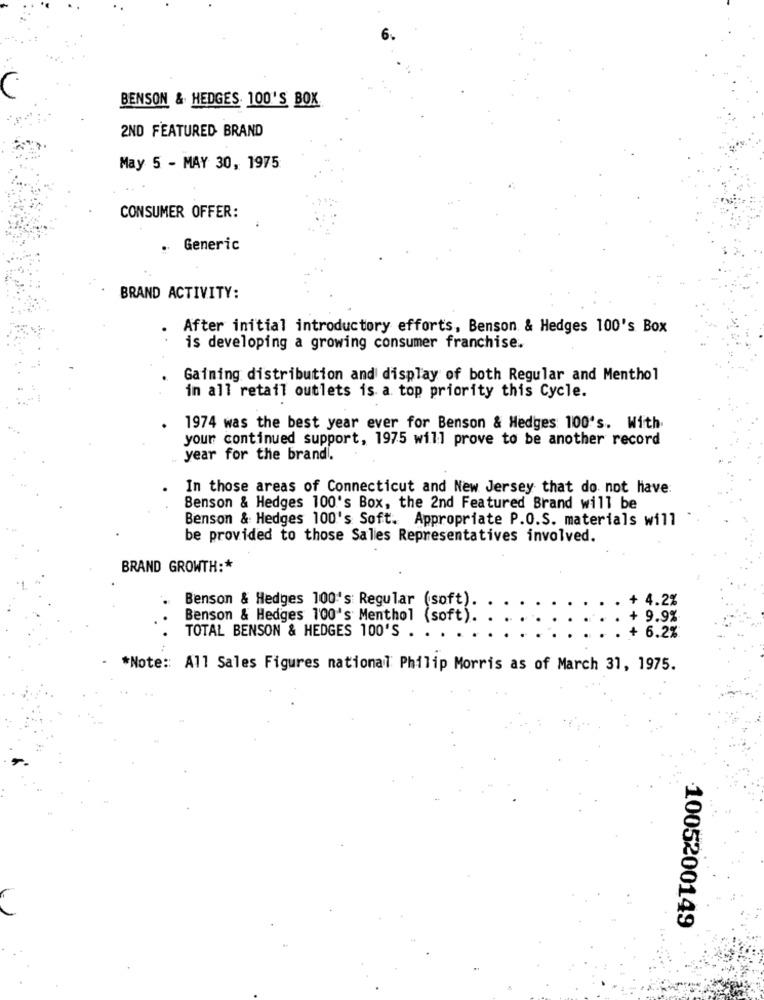
BENSON & HEDGES 100'S BOX
2ND FEATURED BRAND
May 5 - MAY 30, 1975
CONSUMER OFFER:
Generic
BRAND ACTIVITY:
After initial introductory efforts, Benson & Hedges 100's Box
is developing a growing consumer franchise.
Gaining distribution and display of both Regular and Menthol
in all retail outlets is a top priority this Cycle.
1974 was the best year ever for Benson & Hedges 100's. With.
your continued support, 1975 will prove to be another record
year for the brand.
In those areas of Connecticut and New Jersey that do not have:
Benson & Hedges 100's Box, the 2nd Featured Brand will be
Benson & Hedges 100's Soft. Appropriate P.O.S. materials will
be provided to those Sales Representatives involved.
BRAND GROWTH :*
Benson & Hedges 100's: Regular (soft).
4.2%
Benson & Hedges 100's Menthol (soft).
9.9%
6.2%
TOTAL BENSON & HEDGES 100'S . . .
*Note :: All Sales Figures national Philip Morris as of March 31, 1975.
1005200149